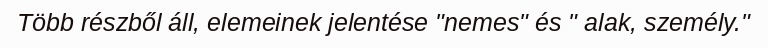
Több részből áll, elemeinek jelentése "nemes" és " alak, személy."